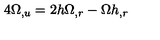
4 \Omega _ { , u } = 2 h \Omega _ { , r } - \Omega h _ { , r }